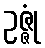
ဥဇ္ဇုံ